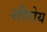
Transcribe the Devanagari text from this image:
शीरोय